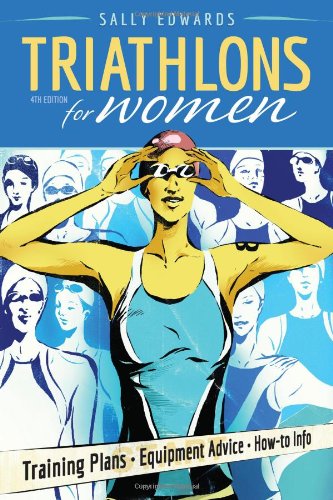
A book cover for Triathlons for Women; Sally Edwards; Health, Fitness & Dieting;